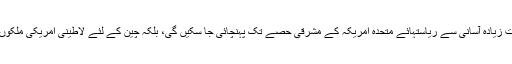
اس منصوبے کی تکمیل سے نہ صرف ایشیائی ملکوں کی برآمدات زیادہ آسانی سے ریاستہائے متحدہ امریکہ کے مشرقی حصے تک پہنچائی جا سکیں گی، بلکہ چین کے لئے لاطینی امریکی ملکوں کے تیل اور دیگر مصنوعات تک رسائی بھی آسان ہوجائے گی۔